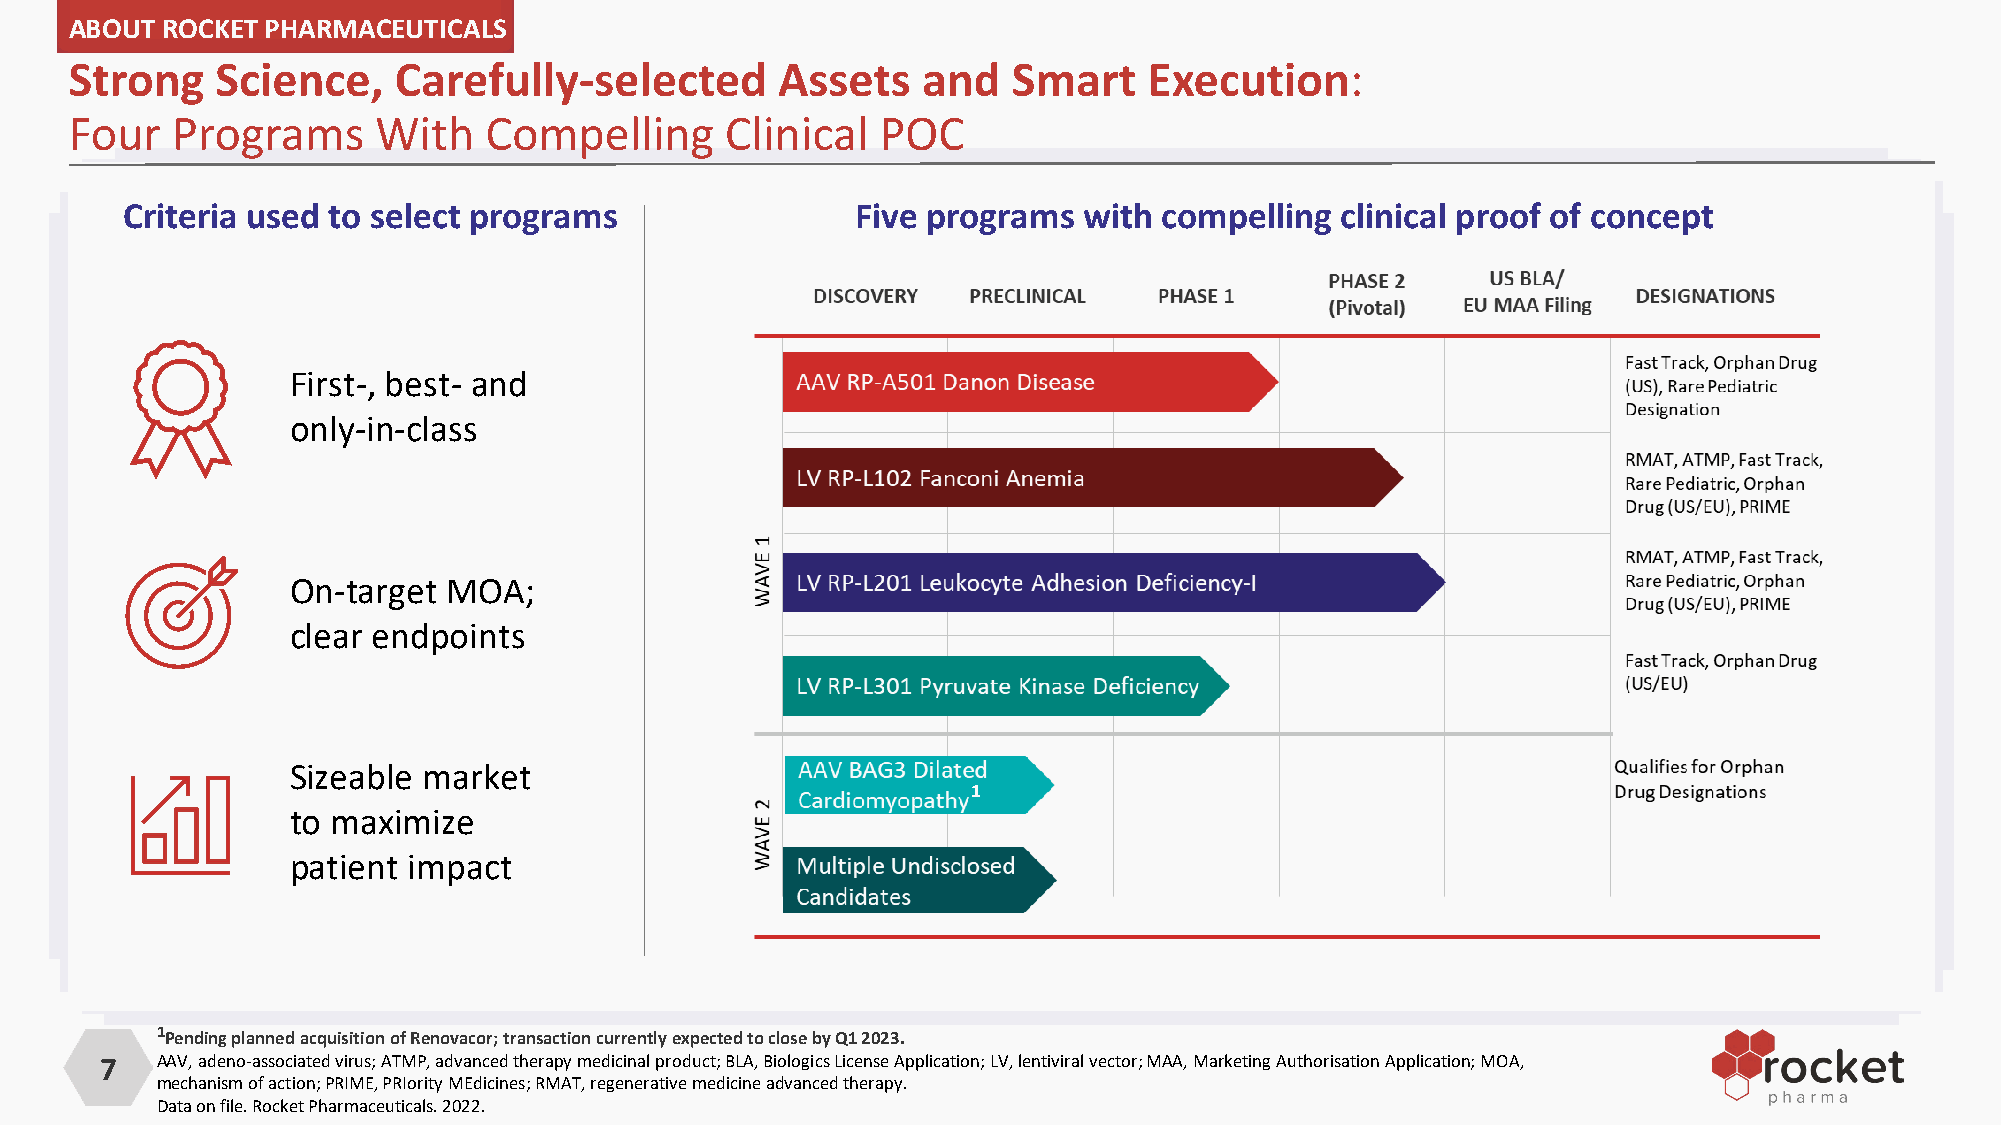
ABOUT ROCKET PHARMACEUTICALS
 Strong   Science,    Carefully-selected       Assets    and   Smart    Execution:
 Four  Programs      With   Compelling      Clinical  POC
 Criteria used to select programs                 Five programs  with compelling  clinical proof of concept
 First-, best- and
 only-in-class
 On-target  MOA;
 clear endpoints
 Sizeable market
 1
 to maximize
 patient impact
 1Pending planned acquisition of Renovacor; transaction currently expected to close by Q1 2023.
 7  AAV, adeno-associated virus; ATMP, advanced therapy medicinal product; BLA, Biologics License Application; LV, lentiviral vector; MAA, Marketing Authorisation Application; MOA,
 mechanism of action; PRIME, PRIority MEdicines; RMAT, regenerative medicine advanced therapy.
 Data on file. Rocket Pharmaceuticals. 2022.